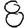
Digit: 8